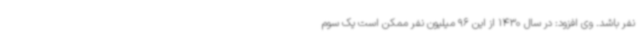
نفر باشد. وی افزود: در سال 1430 از این 96 میلیون نفر ممکن است یک سوم